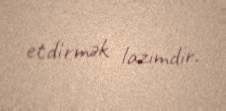
etdirmək lazımdır.